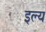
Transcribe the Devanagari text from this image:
इल्य